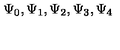
\Psi _ { 0 } , \Psi _ { 1 } , \Psi _ { 2 } , \Psi _ { 3 } , \Psi _ { 4 }